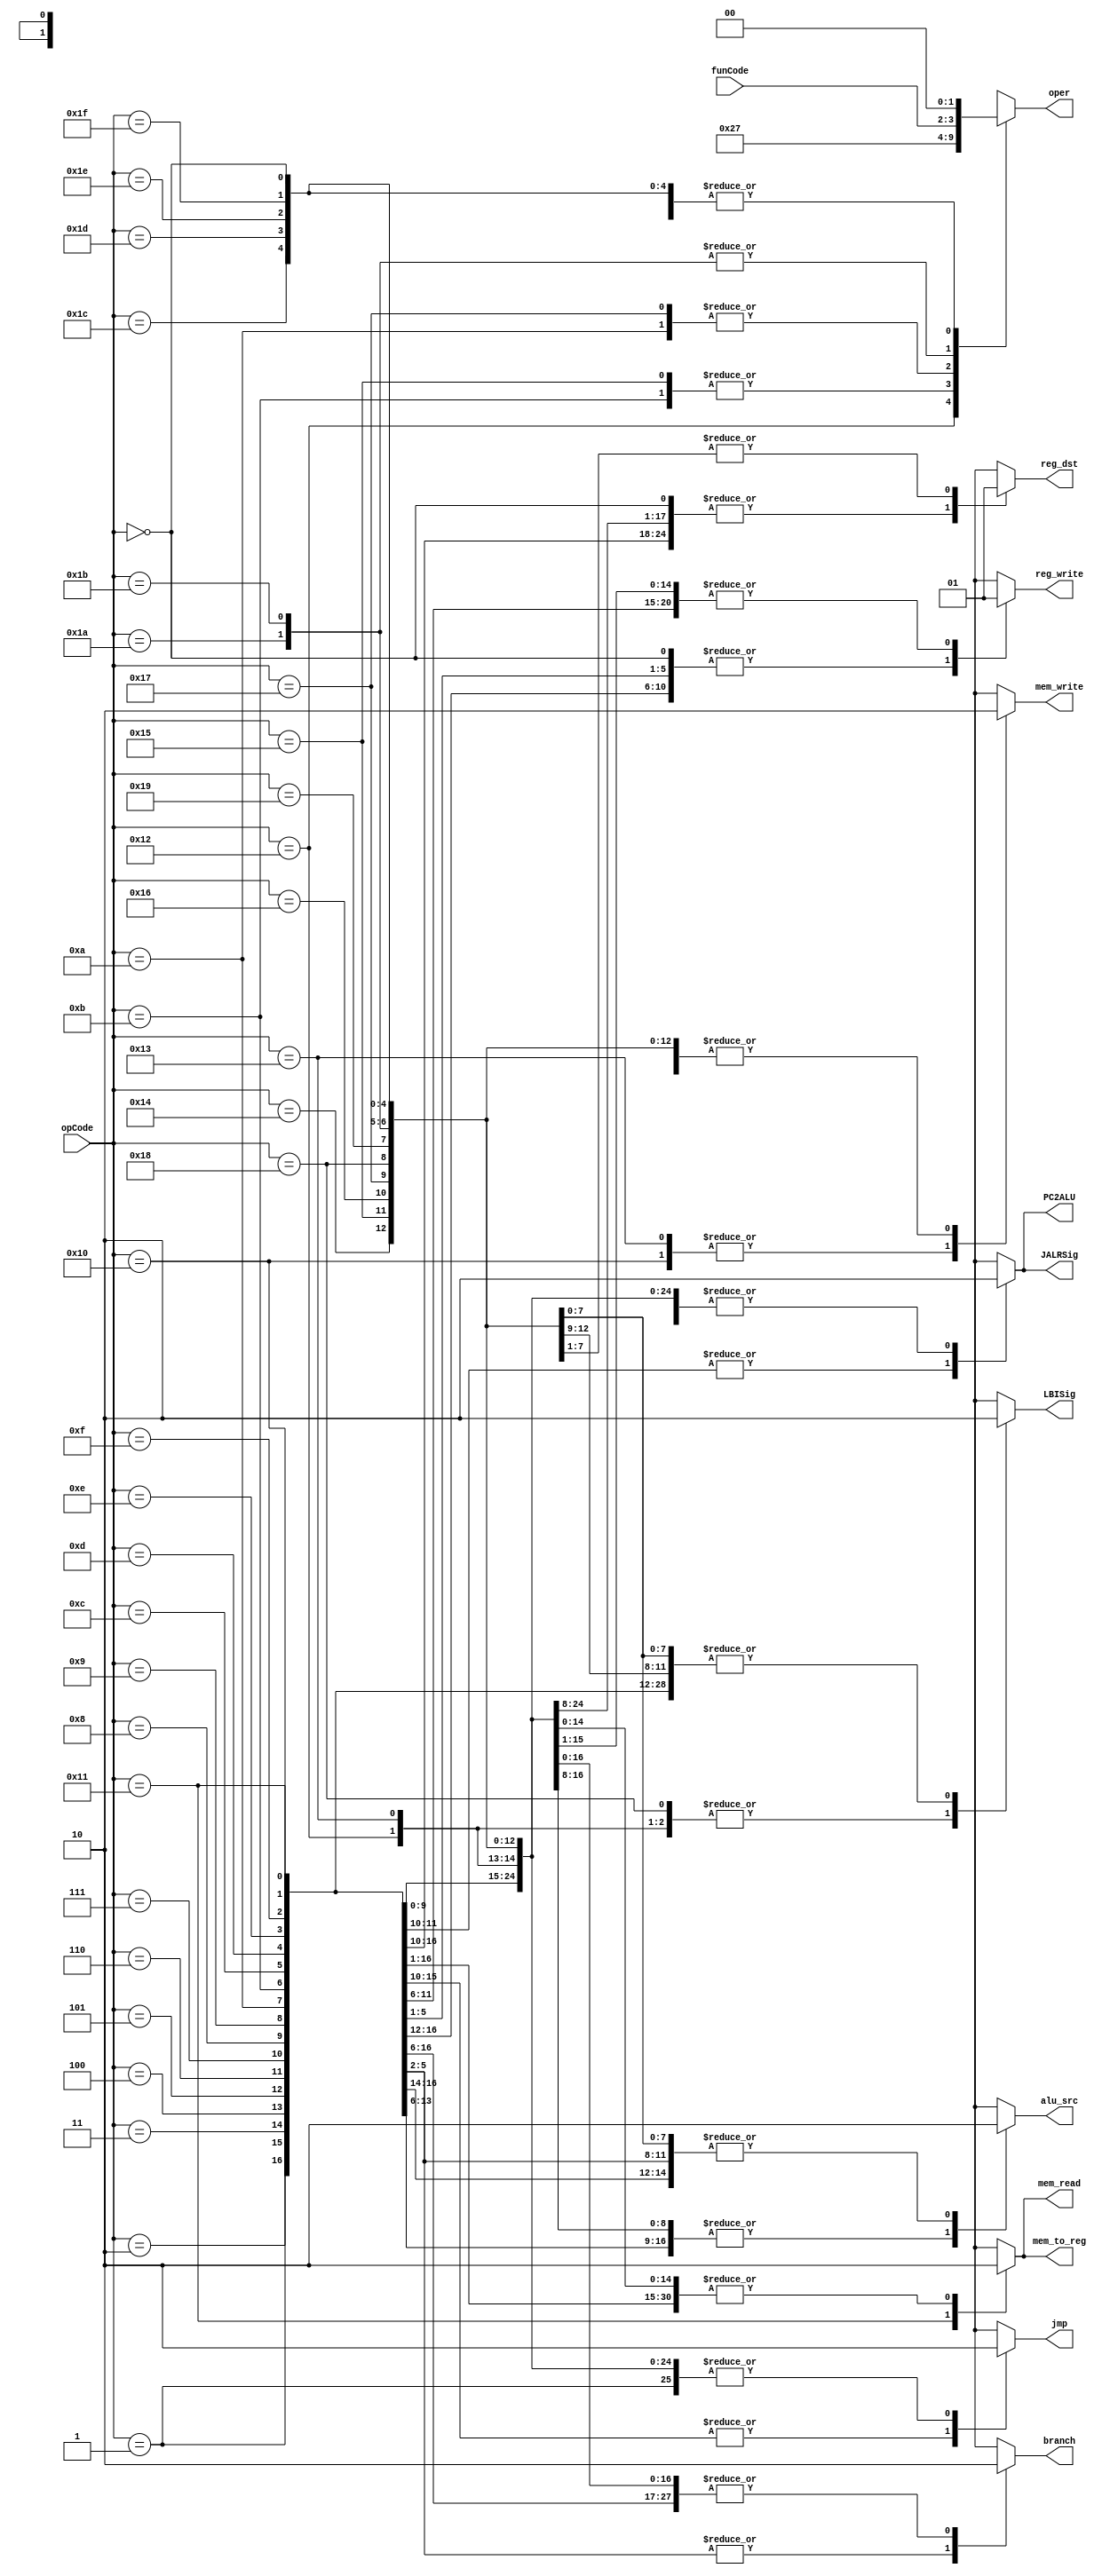
module control(opCode, funCode, oper,
reg_dst, mem_to_reg, jmp, branch,
mem_read, mem_write,alu_src, LBISig, JALRSig,
reg_write, PC2ALU);
   input[4:0] opCode;
   input[1:0] funCode;

   output reg jmp, branch, JALRSig, mem_read, mem_write, reg_dst, mem_to_reg, PC2ALU;
   output reg alu_src,reg_write, LBISig;
   output reg [1:0] oper;



   always @(*) begin
    casex(opCode)
      5'b00000: begin
      reg_dst = 1'b0;
      mem_to_reg = 1'b0;
      jmp = 1'b0;
      branch = 1'b0;
      mem_read = 1'b0;
      mem_write = 1'b0;
      alu_src = 1'b0;
      reg_write = 1'b0;
      PC2ALU = 1'b0;
      LBISig = 1'b0;
      JALRSig = 1'b0;
      oper = 2'b00;
      end //Halt

      5'b00001: begin
      reg_dst = 1'b0;
      mem_to_reg = 1'b0;
      jmp = 1'b0;
      branch = 1'b0;
      mem_read = 1'b0;
      mem_write = 1'b0;
      alu_src = 1'b0;
      reg_write = 1'b0;
      PC2ALU = 1'b0;
      LBISig = 1'b0;
      JALRSig = 1'b0;
      oper = 2'b00;
      end //NOP

      5'b00010: begin
      reg_dst = 1'b0;
      mem_to_reg = 1'b0;
      jmp = 1'b1;
      branch = 1'b0;
      mem_read = 1'b0;
      mem_write = 1'b0;
      alu_src = 1'b0;
      reg_write = 1'b0;
      PC2ALU = 1'b0;
      LBISig = 1'b0;
      JALRSig = 1'b0;
      oper = 2'b00;
      end //siic Rs

      5'b00011: begin
      reg_dst = 1'b0;
      mem_to_reg = 1'b0;
      jmp = 1'b1;
      branch = 1'b0;
      mem_read = 1'b0;
      mem_write = 1'b0;
      alu_src = 1'b0;
      reg_write = 1'b0;
      PC2ALU = 1'b0;
      LBISig = 1'b0;
      JALRSig = 1'b0;
      oper = 2'b00;
      end //NOP / RTI

      5'b00100: begin
      reg_dst = 1'b0;
      mem_to_reg = 1'b0;
      jmp = 1'b1;
      branch = 1'b0;
      mem_read = 1'b0;
      mem_write = 1'b0;
      alu_src = 1'b1;
      reg_write = 1'b0;
      PC2ALU = 1'b0;
      LBISig = 1'b0;
      JALRSig = 1'b0;
      oper = 2'b00;
      end //J displacement

      5'b00101: begin
      reg_dst = 1'b0;
      mem_to_reg = 1'b0;
      jmp = 1'b1;
      branch = 1'b0;
      mem_read = 1'b0;
      mem_write = 1'b0;
      alu_src = 1'b1;
      reg_write = 1'b0;
      PC2ALU = 1'b0;
      LBISig = 1'b0;
      JALRSig = 1'b0;
      oper = 2'b00;
      end //JR Rs, imm

      5'b00110: begin
      reg_dst = 1'b0;
      mem_to_reg = 1'b0;
      jmp = 1'b1;
      branch = 1'b0;
      mem_read = 1'b0;
      mem_write = 1'b0;
      alu_src = 1'b1;
      reg_write = 1'b1;
      PC2ALU = 1'b1;
      LBISig = 1'b0;
      JALRSig = 1'b1;
      oper = 2'b00;
      end //JAL displacement

      5'b00111: begin
      reg_dst = 1'b0;
      mem_to_reg = 1'b0;
      jmp = 1'b1;
      branch = 1'b0;
      mem_read = 1'b0;
      mem_write = 1'b0;
      alu_src = 1'b1;
      reg_write = 1'b1;
      PC2ALU = 1'b1;
      LBISig = 1'b0;
      JALRSig = 1'b1;
      oper = 2'b00;
      end //JALR Rs, imm

      5'b01000: begin
      reg_dst = 1'b0;
      mem_to_reg = 1'b0;
      jmp = 1'b0;
      branch = 1'b0;
      mem_read = 1'b0;
      mem_write = 1'b0;
      alu_src = 1'b1;
      reg_write = 1'b1;
      PC2ALU = 1'b0;
      LBISig = 1'b0;
      JALRSig = 1'b0;
      oper = 2'b00;
      end //ADDI Rd, Rs, imm

      5'b01001: begin
      reg_dst = 1'b0;
      mem_to_reg = 1'b0;
      jmp = 1'b0;
      branch = 1'b0;
      mem_read = 1'b0;
      mem_write = 1'b0;
      alu_src = 1'b1;
      reg_write = 1'b1;
      PC2ALU = 1'b0;
      LBISig = 1'b0;
      JALRSig = 1'b0;
      oper = 2'b00;
      end //SUBI Rd, Rs, imm

      5'b01010: begin
      reg_dst = 1'b0;
      mem_to_reg = 1'b0;
      jmp = 1'b0;
      branch = 1'b0;
      mem_read = 1'b0;
      mem_write = 1'b0;
      alu_src = 1'b1;
      reg_write = 1'b1;
      PC2ALU = 1'b0;
      LBISig = 1'b0;
      JALRSig = 1'b0;
      oper = 2'b11;
      end //XORI RD, Rs, imm

      5'b01011: begin
      reg_dst = 1'b0;
      mem_to_reg = 1'b0;
      jmp = 1'b0;
      branch = 1'b0;
      mem_read = 1'b0;
      mem_write = 1'b0;
      alu_src = 1'b1;
      reg_write = 1'b1;
      PC2ALU = 1'b0;
      LBISig = 1'b0;
      JALRSig = 1'b0;
      oper = 2'b01;
      end //ANDNI Rd, Rs, imm

      5'b01100: begin
      reg_dst = 1'b0;
      mem_to_reg = 1'b0;
      jmp = 1'b0;
      branch = 1'b1;
      mem_read = 1'b0;
      mem_write = 1'b0;
      alu_src = 1'b0;
      reg_write = 1'b0;
      PC2ALU = 1'b0;
      LBISig = 1'b0;
      JALRSig = 1'b0;
      oper = 2'b00;
      end //BEQZ Rs, immediate

      5'b01101: begin
      reg_dst = 1'b0;
      mem_to_reg = 1'b0;
      jmp = 1'b0;
      branch = 1'b1;
      mem_read = 1'b0;
      mem_write = 1'b0;
      alu_src = 1'b0;
      reg_write = 1'b0;
      PC2ALU = 1'b0;
      LBISig = 1'b0;
      JALRSig = 1'b0;
      oper = 2'b00;
      end //BNEZ Rs, immediate

      5'b01110: begin
      reg_dst = 1'b0;
      mem_to_reg = 1'b0;
      jmp = 1'b0;
      branch = 1'b1;
      mem_read = 1'b0;
      mem_write = 1'b0;
      alu_src = 1'b0;
      reg_write = 1'b0;
      PC2ALU = 1'b0;
      LBISig = 1'b0;
      JALRSig = 1'b0;
      oper = 2'b00;
      end //BLTZ Rs, immediate

      5'b01111: begin
      reg_dst = 1'b0;
      mem_to_reg = 1'b0;
      jmp = 1'b0;
      branch = 1'b1;
      mem_read = 1'b0;
      mem_write = 1'b0;
      alu_src = 1'b0;
      reg_write = 1'b0;
      PC2ALU = 1'b0;
      LBISig = 1'b0;
      JALRSig = 1'b0;
      oper = 2'b00;
      end //BGEZ Rs, immediate

      5'b10000: begin
      reg_dst = 1'b0;
      mem_to_reg = 1'b0;
      jmp = 1'b0;
      branch = 1'b0;
      mem_read = 1'b0;
      mem_write = 1'b1;
      alu_src = 1'b1;
      reg_write = 1'b0;
      PC2ALU = 1'b0;
      LBISig = 1'b0;
      JALRSig = 1'b0;
      oper = 2'b00;
      end //ST Rd, Rs, immediate

      5'b10001: begin
      reg_dst = 1'b0;
      mem_to_reg = 1'b1;
      jmp = 1'b0;
      branch = 1'b0;
      mem_read = 1'b1;
      mem_write = 1'b0;
      alu_src = 1'b1;
      reg_write = 1'b1;
      PC2ALU = 1'b0;
      LBISig = 1'b0;
      JALRSig = 1'b0;
      oper = 2'b00;
      end //LD Rd, Rs, immediate

      5'b10010: begin
      reg_dst = 1'b0;
      mem_to_reg = 1'b0;
      jmp = 1'b0;
      branch = 1'b0;
      mem_read = 1'b0;
      mem_write = 1'b0;
      alu_src = 1'b1;
      reg_write = 1'b1;
      PC2ALU = 1'b0;
      LBISig = 1'b1;
      JALRSig = 1'b0;
      oper = 2'b10;
      end //SLBI Rs, immediate

      5'b10011: begin
      reg_dst = 1'b0;
      mem_to_reg = 1'b0;
      jmp = 1'b0;
      branch = 1'b0;
      mem_read = 1'b0;
      mem_write = 1'b1;
      alu_src = 1'b1;
      reg_write = 1'b1;
      PC2ALU = 1'b0;
      LBISig = 1'b1;
      JALRSig = 1'b0;
      oper = 2'b00;
      end //STU Rd, Rs, immediate

      5'b10100: begin
      reg_dst = 1'b0;
      mem_to_reg = 1'b0;
      jmp = 1'b0;
      branch = 1'b0;
      mem_read = 1'b0;
      mem_write = 1'b0;
      alu_src = 1'b1;
      reg_write = 1'b1;
      PC2ALU = 1'b0;
      LBISig = 1'b0;
      JALRSig = 1'b0;
      oper = 2'b00;
      end //ROLI Rd, Rs, immediate

      5'b10101: begin
      reg_dst = 1'b0;
      mem_to_reg = 1'b0;
      jmp = 1'b0;
      branch = 1'b0;
      mem_read = 1'b0;
      mem_write = 1'b0;
      alu_src = 1'b1;
      reg_write = 1'b1;
      PC2ALU = 1'b0;
      LBISig = 1'b0;
      JALRSig = 1'b0;
      oper = 2'b01;
      end //SLLI Rd, Rs, immediate

      5'b10110: begin
      reg_dst = 1'b0;
      mem_to_reg = 1'b0;
      jmp = 1'b0;
      branch = 1'b0;
      mem_read = 1'b0;
      mem_write = 1'b0;
      alu_src = 1'b1;
      reg_write = 1'b1;
      PC2ALU = 1'b0;
      LBISig = 1'b0;
      JALRSig = 1'b0;
      oper = 2'b00;
      end //RORI Rd, Rs, immediate

      5'b10111: begin
      reg_dst = 1'b0;
      mem_to_reg = 1'b0;
      jmp = 1'b0;
      branch = 1'b0;
      mem_read = 1'b0;
      mem_write = 1'b0;
      alu_src = 1'b1;
      reg_write = 1'b1;
      PC2ALU = 1'b0;
      LBISig = 1'b0;
      JALRSig = 1'b0;
      oper = 2'b11;
      end //SRLI Rd, Rs, immediate

      5'b11000: begin
      reg_dst = 1'b0;
      mem_to_reg = 1'b0;
      jmp = 1'b0;
      branch = 1'b0;
      mem_read = 1'b0;
      mem_write = 1'b0;
      alu_src = 1'b1;
      reg_write = 1'b1;
      PC2ALU = 1'b0;
      LBISig = 1'b1;
      JALRSig = 1'b0;
      oper = 2'b00;
      end //LBI Rs, immediate

      5'b11001: begin
      reg_dst = 1'b1;
      mem_to_reg = 1'b0;
      jmp = 1'b0;
      branch = 1'b0;
      mem_read = 1'b0;
      mem_write = 1'b0;
      alu_src = 1'b0;
      reg_write = 1'b1;
      PC2ALU = 1'b0;
      LBISig = 1'b0;
      JALRSig = 1'b0;
      oper = 2'b00;
      end //BTR Rd, Rs

      5'b11010: begin
      reg_dst = 1'b1;
      mem_to_reg = 1'b0;
      jmp = 1'b0;
      branch = 1'b0;
      mem_read = 1'b0;
      mem_write = 1'b0;
      alu_src = 1'b0;
      reg_write = 1'b1;
      PC2ALU = 1'b0;
      LBISig = 1'b0;
      JALRSig = 1'b0;
      oper = funCode;
      end //Barrel Ops Rd, Rs, Rt

      5'b11011: begin
      reg_dst = 1'b1;
      mem_to_reg = 1'b0;
      jmp = 1'b0;
      branch = 1'b0;
      mem_read = 1'b0;
      mem_write = 1'b0;
      alu_src = 1'b0;
      reg_write = 1'b1;
      PC2ALU = 1'b0;
      LBISig = 1'b0;
      JALRSig = 1'b0;
      oper = funCode;
      end //ALU Ops Rd, Rs, Rt

      5'b11100: begin
      reg_dst = 1'b1;
      mem_to_reg = 1'b0;
      jmp = 1'b0;
      branch = 1'b0;
      mem_read = 1'b0;
      mem_write = 1'b0;
      alu_src = 1'b0;
      reg_write = 1'b1;
      PC2ALU = 1'b0;
      LBISig = 1'b0;
      JALRSig = 1'b0;
      oper = 2'b00;
      end //SEQ Rd, Rs, Rt

      5'b11101: begin
      reg_dst = 1'b1;
      mem_to_reg = 1'b0;
      jmp = 1'b0;
      branch = 1'b0;
      mem_read = 1'b0;
      mem_write = 1'b0;
      alu_src = 1'b0;
      reg_write = 1'b1;
      PC2ALU = 1'b0;
      LBISig = 1'b0;
      JALRSig = 1'b0;
      oper = 2'b00;
      end //SLT Rd, Rs, Rt

      5'b11110: begin
      reg_dst = 1'b1;
      mem_to_reg = 1'b0;
      jmp = 1'b0;
      branch = 1'b0;
      mem_read = 1'b0;
      mem_write = 1'b0;
      alu_src = 1'b0;
      reg_write = 1'b1;
      PC2ALU = 1'b0;
      LBISig = 1'b0;
      JALRSig = 1'b0;
      oper = 2'b00;
      end //SLE Rd, Rs, Rt

      5'b11111: begin
      reg_dst = 1'b1;
      mem_to_reg = 1'b0;
      jmp = 1'b0;
      branch = 1'b0;
      mem_read = 1'b0;
      mem_write = 1'b0;
      alu_src = 1'b0;
      reg_write = 1'b1;
      PC2ALU = 1'b0;
      LBISig = 1'b0;
      JALRSig = 1'b0;
      oper = 2'b00;
      end //SCO Rd, Rs, Rt

   endcase

   end
endmodule